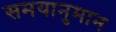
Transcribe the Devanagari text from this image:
समयानुमान